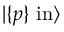
| \{ p \} \ \mathrm { i n } \rangle